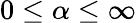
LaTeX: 0\leq\alpha\leq\infty